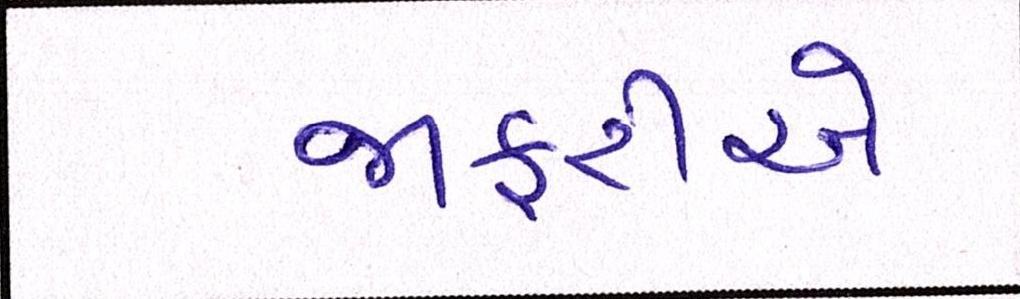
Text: જાફરીએ